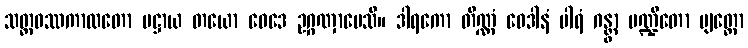
သတ္တဝဿကာလတော ပဋ္ဌာယ တယော ဝေဒေ ဥဂ္ဂဏှာပေသိ။ ဒါရကော တိဏ္ဏံ ဝေဒါနံ ပါရံ ဂန္တွာ ပဏ္ဍိတော ဗျတ္တော